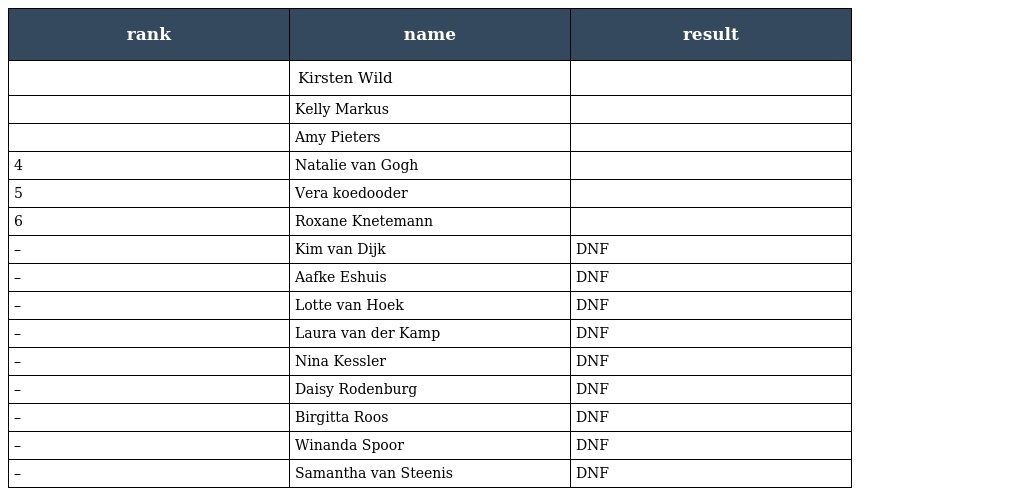
| rank | name | result |
 | --- | --- | --- |
 |  | Kirsten Wild |  |
 |  | Kelly Markus |  |
 |  | Amy Pieters |  |
 | 4 | Natalie van Gogh |  |
 | 5 | Vera koedooder |  |
 | 6 | Roxane Knetemann |  |
 | – | Kim van Dijk | DNF |
 | – | Aafke Eshuis | DNF |
 | – | Lotte van Hoek | DNF |
 | – | Laura van der Kamp | DNF |
 | – | Nina Kessler | DNF |
 | – | Daisy Rodenburg | DNF |
 | – | Birgitta Roos | DNF |
 | – | Winanda Spoor | DNF |
 | – | Samantha van Steenis | DNF |